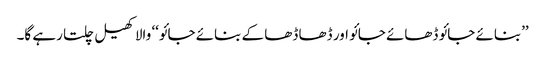
’’بنائے جائو ڈھائے جائو اور ڈھا ڈھا کے بنائے جائو‘‘ والا کھیل چلتا رہے گا۔